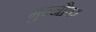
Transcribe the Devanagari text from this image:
मुन्नौवर